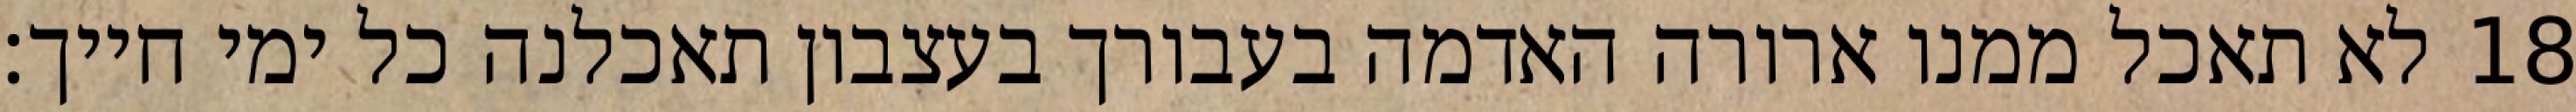
לא תאכל ממנו ארורה האדמה בעבורך בעצבון תאכלנה כל ימי חייך׃ ‎18‏